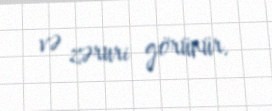
və zəruri görünür.